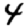
Digit: 4